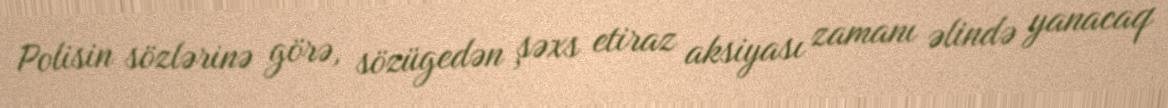
Polisin sözlərinə görə, sözügedən şəxs etiraz aksiyası zamanı əlində yanacaq